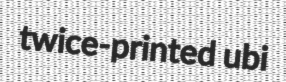
twice-printed ubi